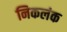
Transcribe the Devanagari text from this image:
निकलंक